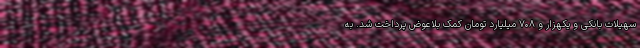
سهیلات بانکی و یکهزار و ۷۰۸ میلیارد تومان کمک بلاعوض پرداخت شد. به